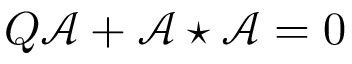
{ \cal Q } \mathcal { A } + \mathcal { A } \star \mathcal { A } = 0